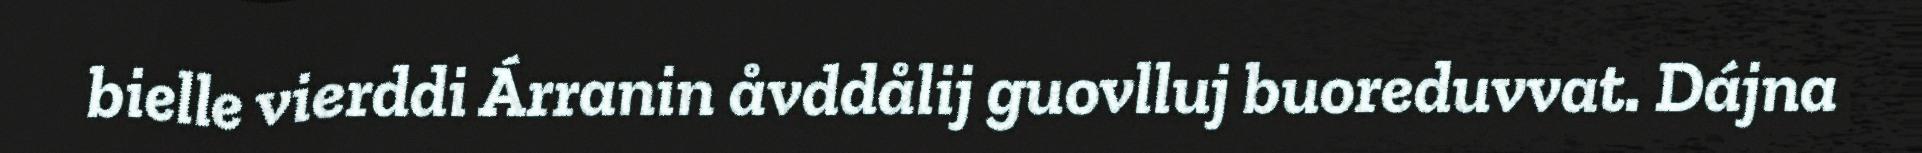
bielle vierddi Árranin åvddålij guovlluj buoreduvvat. Dájna